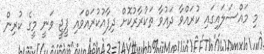
މި މައްސަލައިގައި ކުރައްވާ ދައުވާ ތަކުރާރުކޮށް ދިފާއުކުރައްވައި ޕީޖީ ވަނީ މީގެ ކުރިން